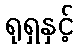
ရုရှနှင့်